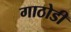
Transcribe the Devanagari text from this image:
गाठोडी